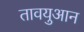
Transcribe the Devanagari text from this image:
तावयुआन